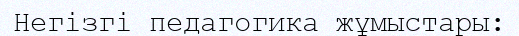
Негізгі педагогика жұмыстары: